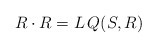
\begin{align*}R\cdot R=L\, Q(S,R)\end{align*}